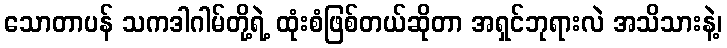
သောတာပန် သကဒါဂါမ်တို့ရဲ့ ထုံးစံဖြစ်တယ်ဆိုတာ အရှင်ဘုရားလဲ အသိသားနဲ့၊